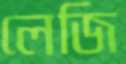
লেজি